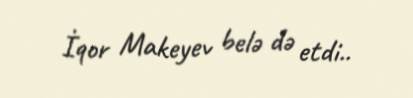
İqor Makeyev belə də etdi..